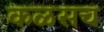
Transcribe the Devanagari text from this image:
कळसच